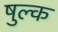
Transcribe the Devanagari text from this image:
षुल्क